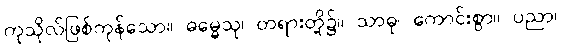
ကုသိုလ်ဖြစ်ကုန်သော။ ဓမ္မေသု၊ တရားတို့၌။ သာဓု၊ ကောင်းစွာ။ ပညာ၊